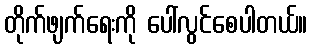
တိုက်ဖျက်ရေးကို ပေါ်လွင်စေပါတယ်။